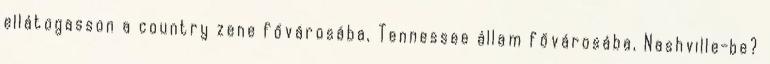
ellátogasson a country zene fővárosába, Tennessee állam fővárosába, Nashville-be?